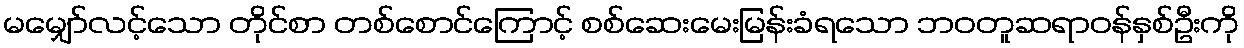
မမျှော်လင့်သော တိုင်စာ တစ်စောင်ကြောင့် စစ်ဆေးမေးမြန်းခံရသော ဘဝတူဆရာဝန်နှစ်ဦးကို